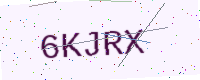
Text: 6KJRX